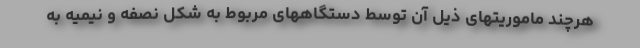
هرچند ماموریتهای ذیل آن توسط دستگاههای مربوط به شکل نصفه و نیمیه به